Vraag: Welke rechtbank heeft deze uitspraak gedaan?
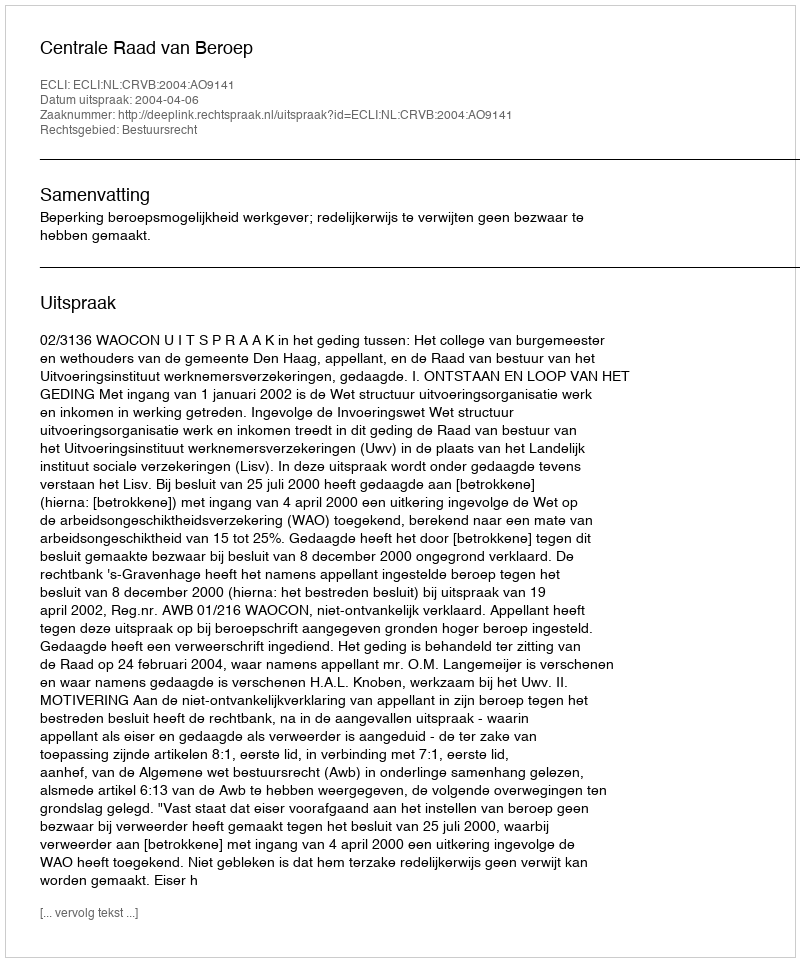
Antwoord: Centrale Raad van Beroep